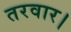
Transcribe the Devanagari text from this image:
तरवार।